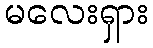
မလေးရှား